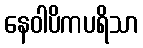
နေဝါပိကပရိသာ